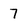
Character: 7